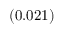
( 0 . 0 2 1 )